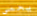
يحمي